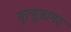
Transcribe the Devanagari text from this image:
मृत्युसागर